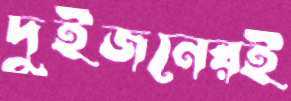
দুইজনেরই